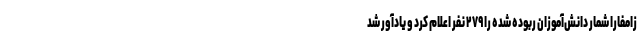
زامفارا شمار دانش‌آموزان ربوده شده را ۲۷۹ نفر اعلام کرد و یادآور شد